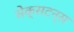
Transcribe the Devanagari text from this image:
सेक्सटन्स